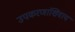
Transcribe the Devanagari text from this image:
उपकरणांशिवाय